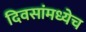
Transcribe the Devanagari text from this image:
दिवसांमध्येच